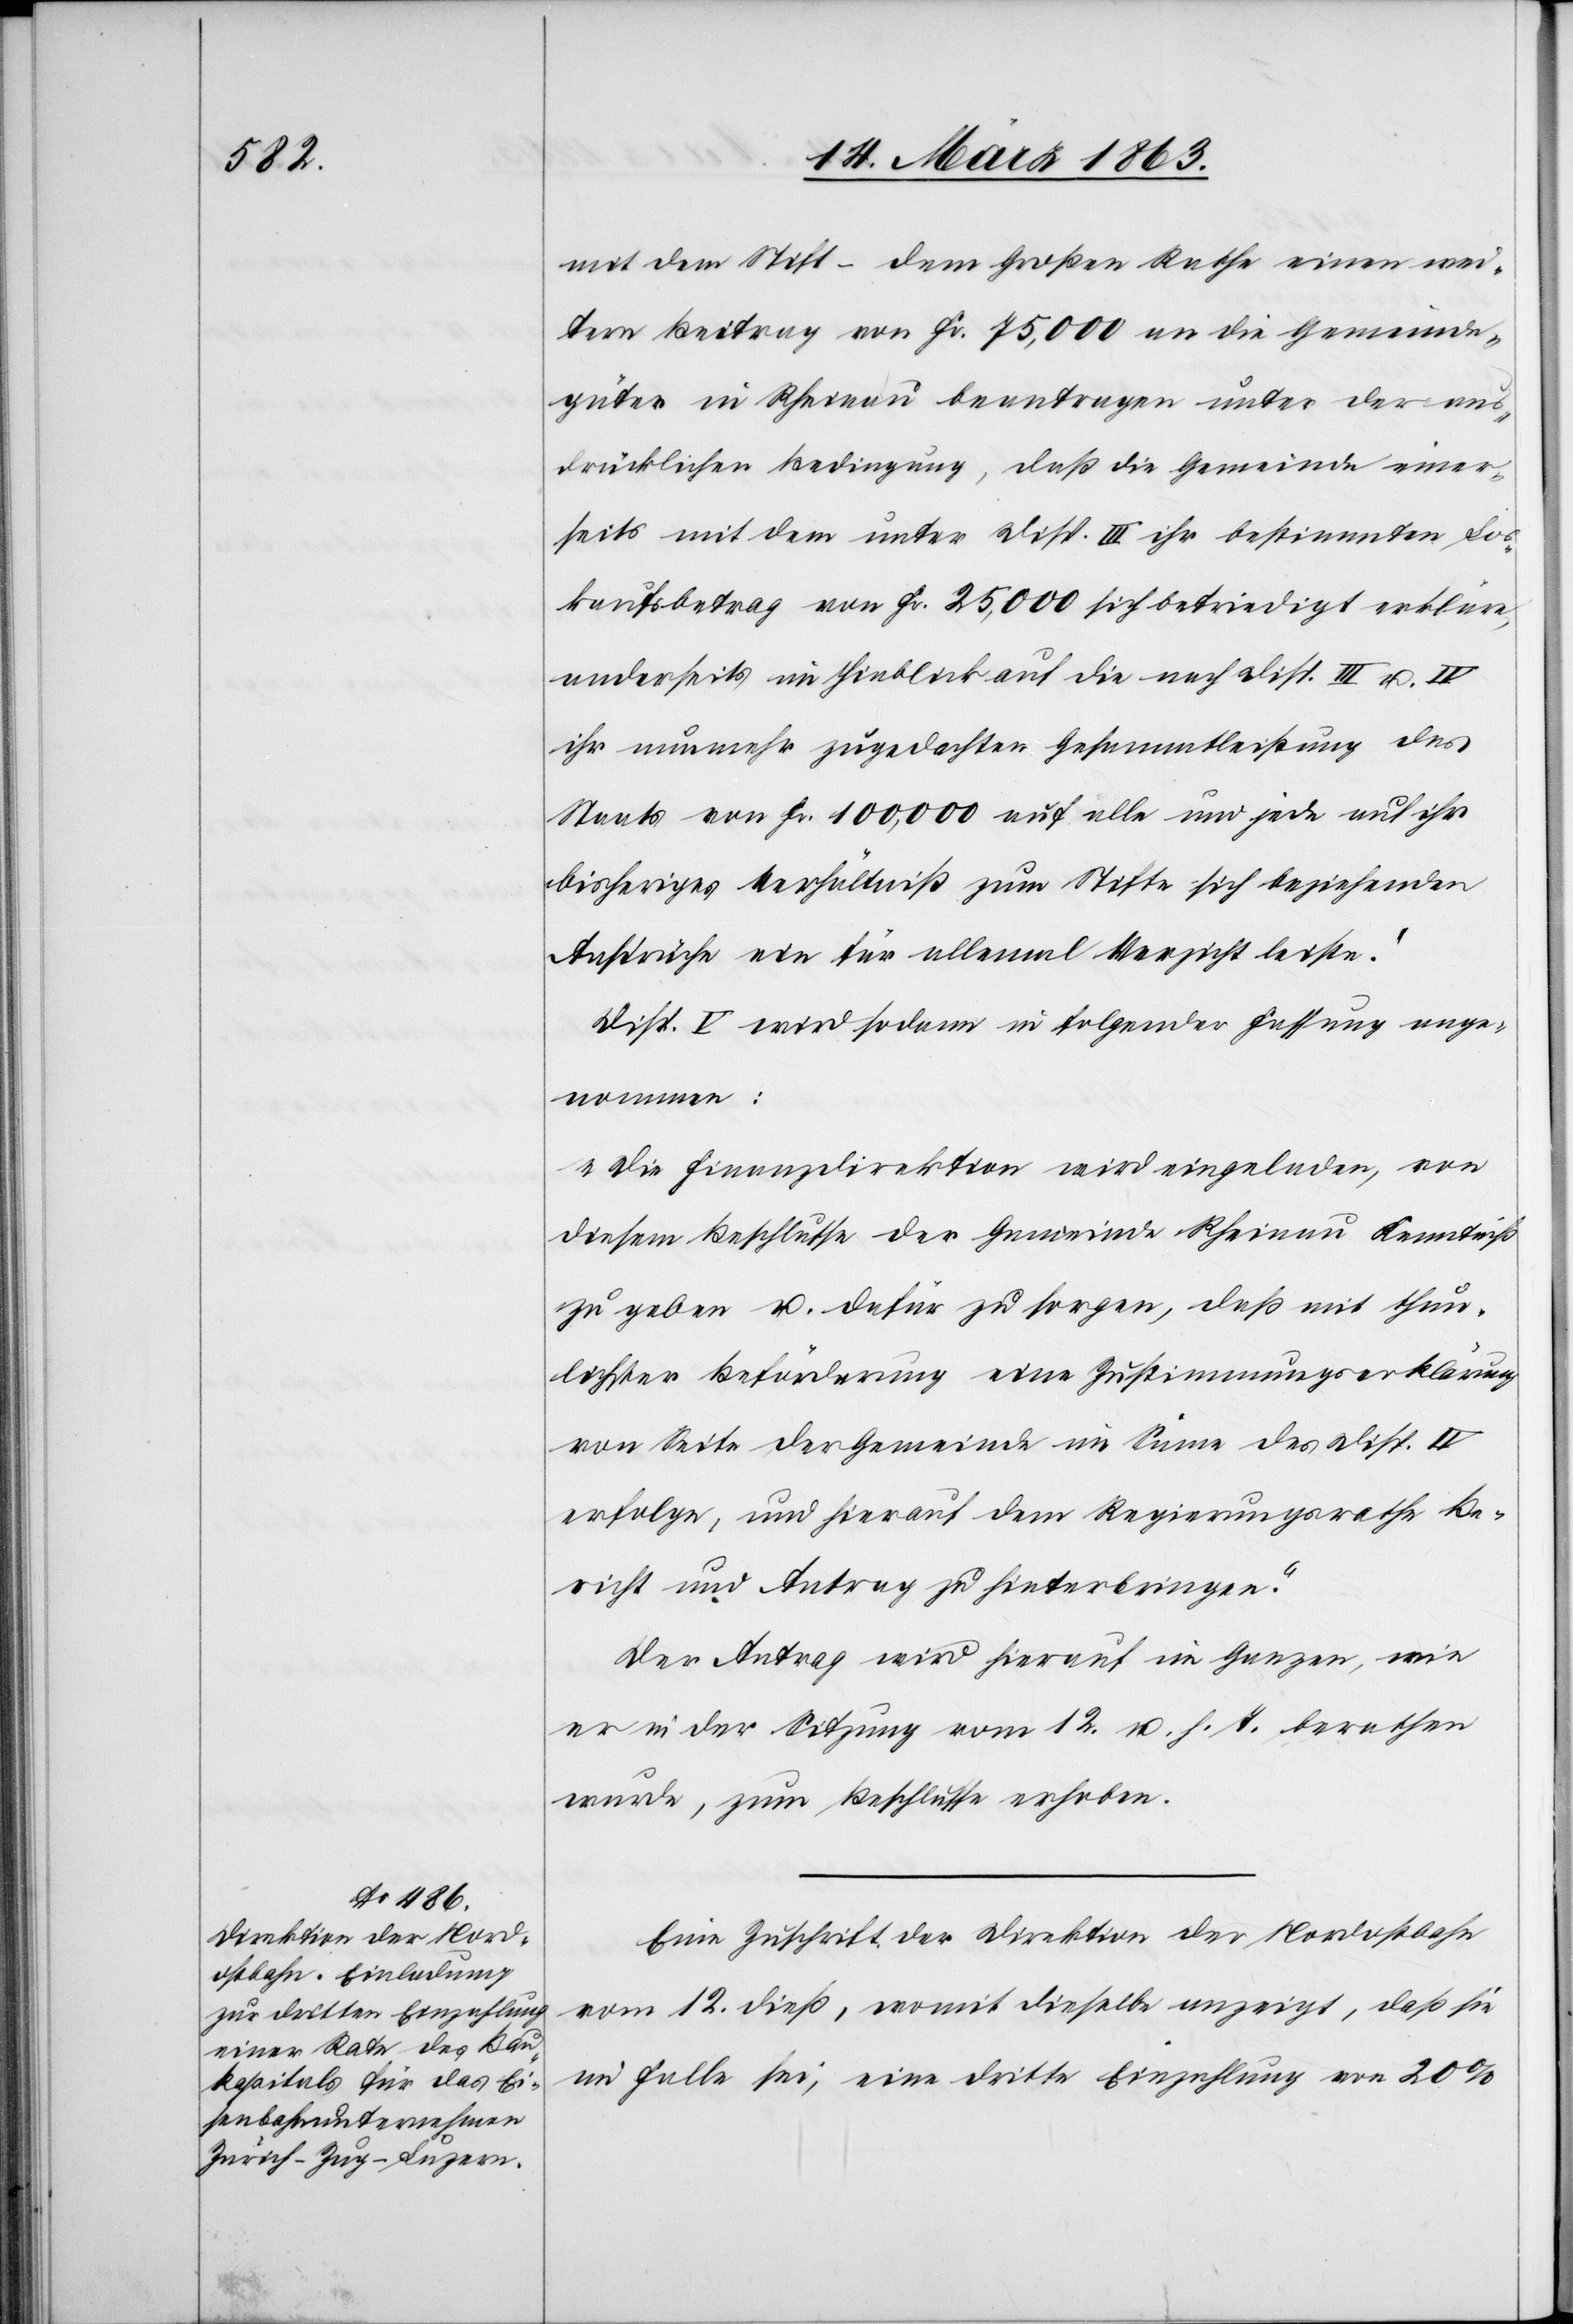
mit dem Stift – dem Großen Rathe einen wei¬
tern Beitrag von Fr. 75,000 an die Gemeinde¬
güter in Rheinau beantragen unter der aus¬
drücklichen Bedingung, daß die Gemeinde einer¬
seits mit dem unter Disp. III ihr bestimmten Los¬
kaufsbetrag von fr. 25,000 sich befriedigt erkläre,
anderseits im Hinblick auf die nach Disp. III u. IV
ihr nunmehr zugedachten Gesammtleistung des
Staats von Fr. 100,000 auf alle und jede auf ihr
bisheriges Verhältniß zum Stifte sich beziehenden
Ansprüche ein für allemal Verzicht leiste.“
Disp. V wird sodann in folgender Fassung ange¬
nommen:
„Die Finanzdirektion wird eingeladen, von
diesem Beschlusse der Gemeinde Rheinau Kenntniß
zu geben u. dafür zu sorgen, daß mit thun¬
lichster Beförderung eine Zustimmungserklärung
von Seite der Gemeinde im Sinne des Disp. IV
erfolge, und hierauf dem Regierungsrathe Be¬
richt und Antrag zu hinterbringen.“
Der Antrag wird hierauf im Ganzen, wie
er in der Sitzung vom 12. u. h. T. berathen
wurde, zum Beschlusse erhoben.
Eine Zuschrift der Direktion der Nordostbahn
vom 12. dieß. womit dieselbe anzeigt, daß sie
im Falle sei, eine dritte Einzahlung von 20%